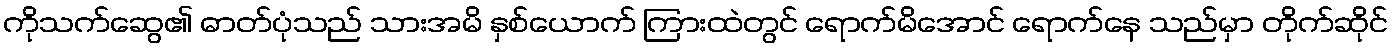
ကိုသက်ဆွေ၏ ဓာတ်ပုံသည် သားအမိ နှစ်ယောက် ကြားထဲတွင် ရောက်မိအောင် ရောက်နေ သည်မှာ တိုက်ဆိုင်